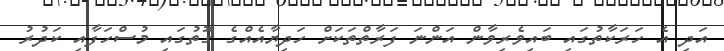
އަދި އެ ހަރަކާތުގައި ބައިވެރިވާން އަންނަ ފަރާތްތަކަށް ހަދިޔާއެއްގެ ގޮތުގައި މުސްހަފާއި ކަދުރު